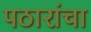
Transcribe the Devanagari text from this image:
पठारांचा